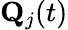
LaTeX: \mathbf{Q}_{j}(t)